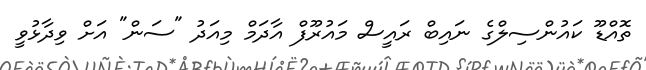
ތޮއްޑޫ ކައުންސިލްގެ ނައިބް ރައީސް މައުރޫފް އާދަމް މިއަދު "ސަން" އަށް ވިދާޅުވީ